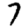
Digit: 7